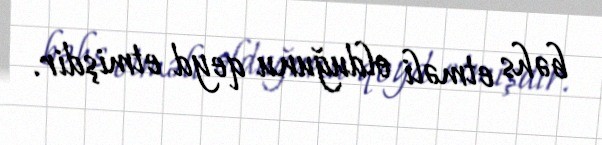
bəhs etməli olduğunu qeyd etmişdir.